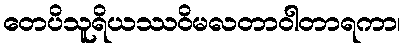
တေပိသူရိယဿဝိမလတာဝါတာရကာ၊